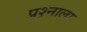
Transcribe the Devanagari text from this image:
प्रश्र्नाला